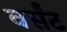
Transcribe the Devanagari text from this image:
वर्संट